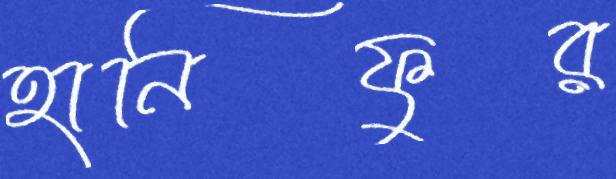
হানিফুর